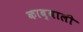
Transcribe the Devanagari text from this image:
काब्बाली